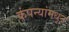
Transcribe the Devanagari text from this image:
कंपन्यांमधून